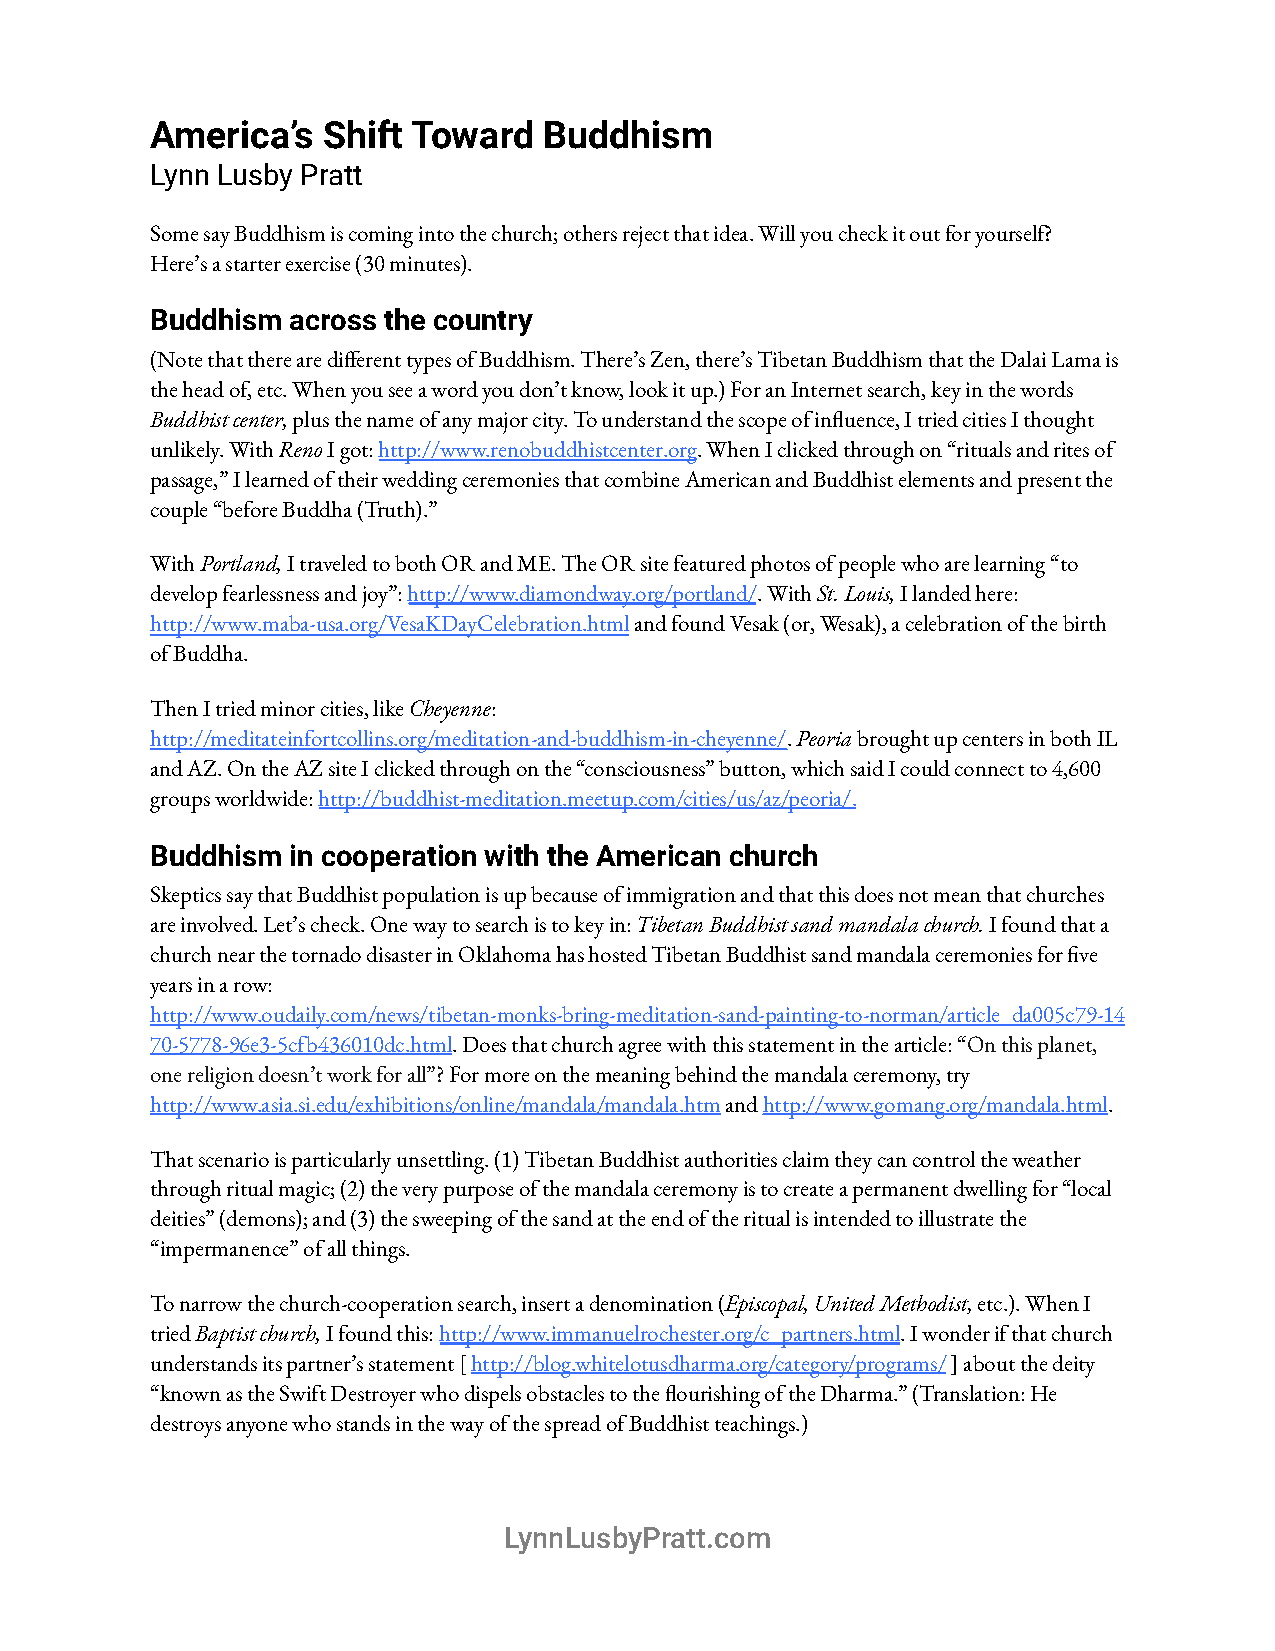
America’s  Shift Toward   Buddhism
 Lynn Lusby Pratt
 Some say Buddhism is coming into the church; othersreject that idea. Will you check it out for yourself?
 Here’s a starter exercise (30 minutes).
 Buddhism across the country
 (Note that there are dierent types of Buddhism.There’s Zen, there’s Tibetan Buddhism that the DalaiLama is
 the head of, etc. When you see a word you don’t know,look it up.) For an Internet search, key in the words
 Buddhist center,plus the name of any major city.To understand the scope of inuence, I tried citiesI thought
 unlikely. WithRenoI got:http://www.renobuddhistcenter.org.When I clicked through on “rituals and rites of
 passage,” I learned of their wedding ceremonies thatcombine American and Buddhist elements and presentthe
 couple “before Buddha (Truth).”
 WithPortland,I traveled to both OR and ME. The ORsite featured photos of people who are learning “to
 develop fearlessness and joy”:http://www.diamondway.org/portland/.WithSt. Louis,I landed here:
 http://www.maba-usa.org/VesaKDayCelebration.htmlandfound Vesak (or, Wesak), a celebration of the birth
 of Buddha.
 Then I tried minor cities, likeCheyenne:
 http://meditateinfortcollins.org/meditation-and-buddhism-in-cheyenne/.Peoriabrought up centers in both IL
 and AZ. On the AZ site I clicked through on the “consciousness”button, which said I could connect to 4,600
 groups worldwide:http://buddhist-meditation.meetup.com/cities/us/az/peoria/.
 Buddhism in cooperation with the American church
 Skeptics say that Buddhist population is up becauseof immigration and that this does not mean that churches
 are involved. Let’s check. One way to search is tokey in: Tibetan Buddhist sand mandala church.I foundthat a
 church near the tornado disaster in Oklahoma has hostedTibetan Buddhist sand mandala ceremonies for ve
 years in a row:
 http://www.oudaily.com/news/tibetan-monks-bring-meditation-sand-painting-to-norman/article_da005c79-14
 70-5778-96e3-5cfb436010dc.html. Does that church agreewith this statement in the article: “On this planet,
 one religion doesn’t work for all”?For more on themeaning behind the mandala ceremony, try
 http://www.asia.si.edu/exhibitions/online/mandala/mandala.htmandhttp://www.gomang.org/mandala.html.
 That scenario is particularly unsettling. (1) TibetanBuddhist authorities claim they can control the weather
 through ritual magic; (2) the very purpose of themandala ceremony is to create a permanent dwellingfor “local
 deities” (demons); and (3) the sweeping of the sandat the end of the ritual is intended to illustratethe
 “impermanence” of all things.
 To narrow the church-cooperation search, insert adenomination (Episcopal, United Methodist,etc.).When I
 triedBaptist church,I found this:http://www.immanuelrochester.org/c_partners.html.I wonder if that church
 understands its partner’s statement [http://blog.whitelotusdharma.org/category/programs/] about the deity
 “known as the Swift Destroyer who dispels obstaclesto the ourishing of the Dharma.” (Translation:He
 destroys anyone who stands in the way of the spreadof Buddhist teachings.)
 LynnLusbyPratt.com